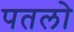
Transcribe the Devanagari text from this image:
पतलो